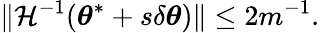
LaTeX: \lVert\mathcal{H}^{-1}({\boldsymbol{\theta}}^{*}+s\delta{\boldsymbol{\theta}})\rVert\leq 2m^{-1}.